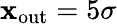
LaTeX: \mathbf{x}_{\mathrm{{out}}}=5\sigma